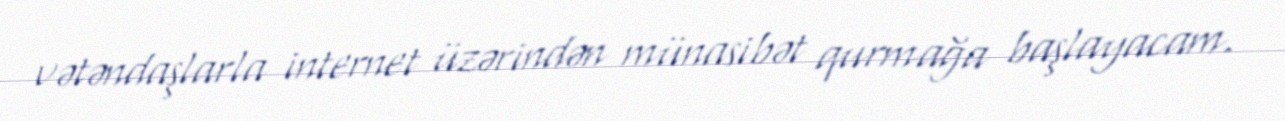
vətəndaşlarla internet üzərindən münasibət qurmağa başlayacam.